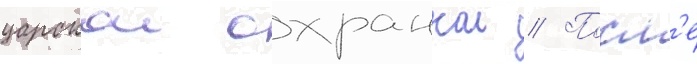
царскои охранкои // Посл'е